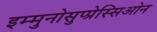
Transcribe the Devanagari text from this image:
इम्मुनोसुप्प्रेस्सिओन